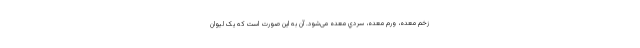
زخم معده، ورم معده، سردي معده می‌شود. آن به این صورت است که یک لیوان